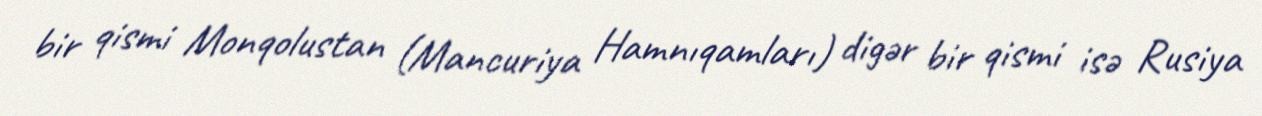
bir qismi Monqolustan (Mancuriya Hamnıqamları) digər bir qismi isə Rusiya